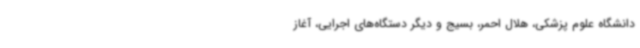
دانشگاه علوم پزشکی، هلال احمر، بسیج و دیگر دستگاه‌های اجرایی، آغاز